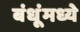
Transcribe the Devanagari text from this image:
बंधूंमध्ये